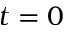
t = 0